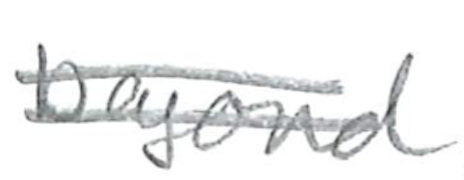
Text: beyond
Cross-out: mix
Writing tool: pencil